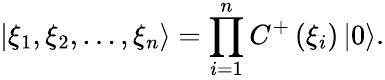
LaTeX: \left|\xi_{1},\xi_{2},\ldots,\xi_{n}\right\rangle=\prod_{i=1}^{n}C^{+}\left(\xi_{i}\right)\left|0\right\rangle.